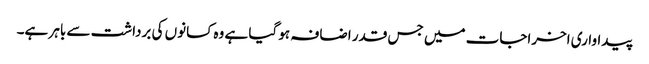
پیداواری اخراجات میں جس قدر اضافہ ہو گیا ہے وہ کسانوں کی برداشت سے باہر ہے۔